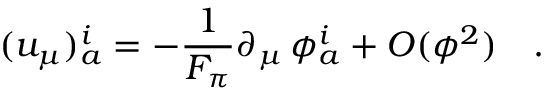
( u _ { \mu } ) _ { a } ^ { i } = - \frac { 1 } { F _ { \pi } } \partial _ { \mu } \, \phi _ { a } ^ { i } + { \cal O } ( \phi ^ { 2 } ) \quad .